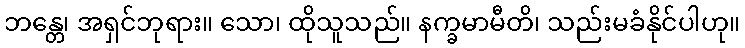
ဘန္တေ၊ အရှင်ဘုရား။ သော၊ ထိုသူသည်။ နက္ခမာမီတိ၊ သည်းမခံနိုင်ပါဟု။